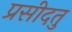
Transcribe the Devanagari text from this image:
प्रसीदतु